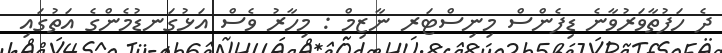
ދެ ހަފުތާވަރުވާނެ ޑިފެންސް މިނިސްޓަރ ނާޒިމް : މިހާރު ވެސް އަޅުގަނޑުމެންގެ އަތުގައި